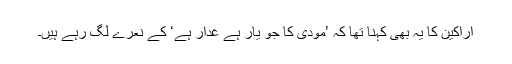
اراکین کا یہ بھی کہنا تھا کہ ’مودی کا جو یار ہے غدار ہے‘ کے نعرے لگ رہے ہیں۔